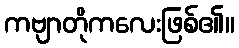
ကဗျာတိုကလေးဖြစ်၏။